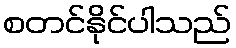
စတင်နိုင်ပါသည်